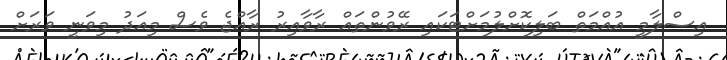
އިސްލާމީ އުއްމަތް ބަލިކޮށްލުމަށްޓަކައި ރޭވުންތައް ރާވާއިރު ރާއްޖެ ވެސް މިއަދު މިވަނީ ވަރަށް